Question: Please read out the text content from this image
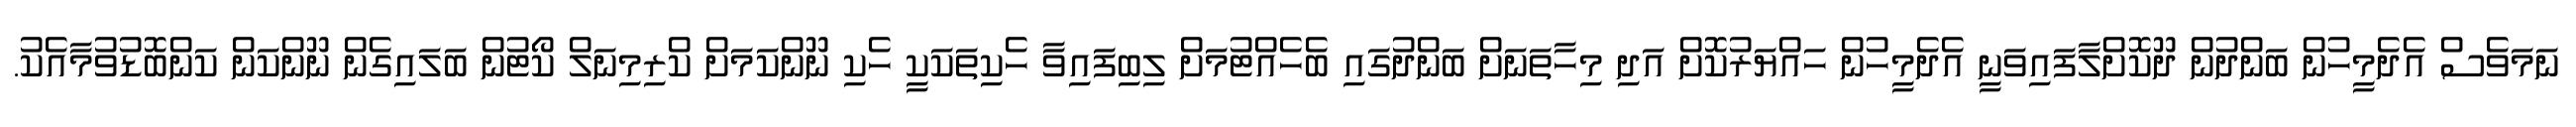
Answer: ނަމަވެސް އެދެމީހުން ބަންދުން ދޫކޮށްލާފައިވަނީ އެދެމީހުން ހައްޔަރުކޮށް އަދި މިހާތަނަށް ބަންދުގައި ބެހެއްޓުމަށް ލިބިފައިވާ ހެކިތަކަކީ ހެކި ނޫންކަމަށް ކްރިމިނަލް ކޯޓުން ބަލައިގެން ނޫންކަން ކަންބޮޑުވުމާއެކު.